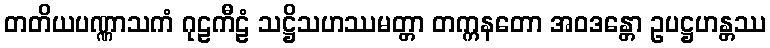
တတိယပဏ္ဏာသကံ ဂုဠကီဠံ သဋ္ဌိသဟဿမတ္တာ တက္ကနတော အဝဒန္တော ဥပဋ္ဌဟန္တဿ